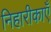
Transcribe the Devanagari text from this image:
निहारीकाएँ